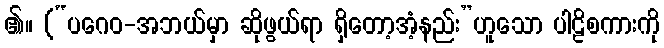
၏။ (“ပဂေဝ-အဘယ်မှာ ဆိုဖွယ်ရာ ရှိတော့အံ့နည်း”ဟူသော ပါဠိစကားကို